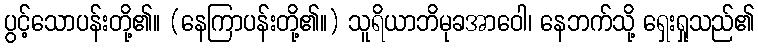
ပွင့်သောပန်းတို့၏။ (နေကြာပန်းတို့၏။) သူရိယာဘိမုခအာဝေါ၊ နေဘက်သို့ ရှေးရှုသည်၏